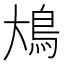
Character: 䲪